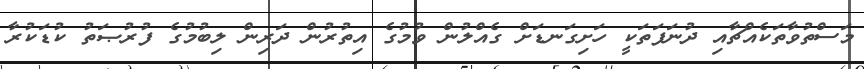
މަސްތުވާތަކެއްޗާއި ދުނަފަތަކީ ހަށިގަނޑަށް ގެއްލުން ވުމުގެ އިތުރުން ދަރިން ލިބުމުގެ ފުރުޞަތު ކުޑަކުރާ